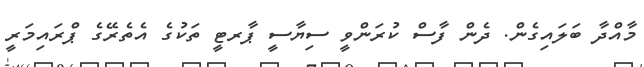
މާއްދާ ބަލައިގެން. ދެން ފާސް ކުރަންވީ ސިޔާސީ ޕާރޓީ ތަކުގެ އެތެރޭގެ ޕްރައިމަރީ